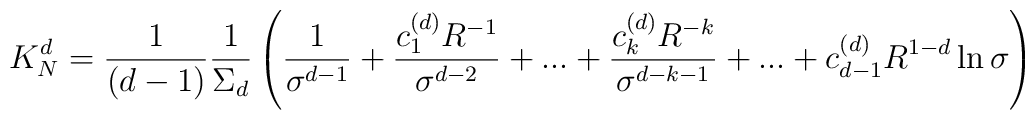
K^d_N={1\over (d-1)}{1\over \Sigma_d}\left({1\over \sigma^{d-1}}+{c_1^{(d)}R^{-1}\over \sigma^{d-2}}+...+{c_k^{(d)}R^{-k}\over \sigma^{d-k-1}}+...+c_{d-1}^{(d)}R^{1-d}\ln \sigma\right)